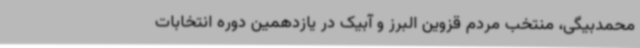
محمدبیگی، منتخب مردم قزوین البرز و آبیک در یازدهمین دوره انتخابات